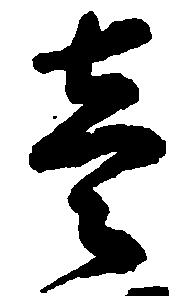
壱